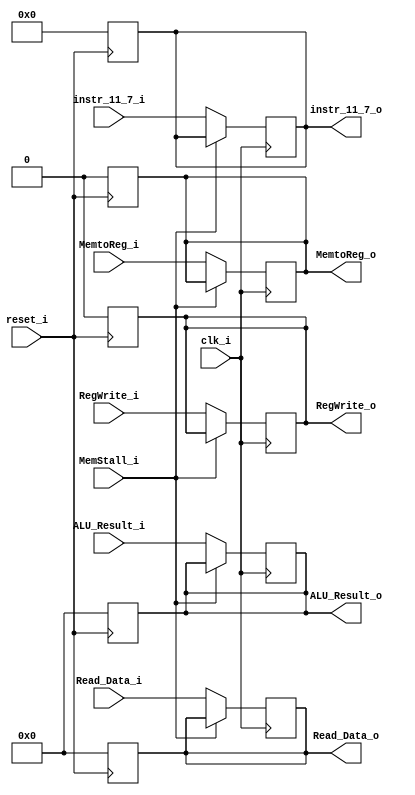
module MEM_WB_Registers
(
    clk_i,
    reset_i,
    RegWrite_i,
    MemtoReg_i,
    ALU_Result_i,
    Read_Data_i,
    instr_11_7_i,
    MemStall_i,
    RegWrite_o,
    MemtoReg_o,
    ALU_Result_o,
    Read_Data_o,
    instr_11_7_o
);

    parameter width = 32;

    input                      clk_i;
    input                      reset_i;
    input                      RegWrite_i;
    input                      MemtoReg_i;
    input   [width - 1: 0]     ALU_Result_i;
    input   [width - 1: 0]     Read_Data_i;
    input   [4: 0]             instr_11_7_i;
    input                      MemStall_i;

    output                     RegWrite_o;
    output                     MemtoReg_o;
    output  [width - 1: 0]     ALU_Result_o;
    output  [width - 1: 0]     Read_Data_o;
    output  [4: 0]             instr_11_7_o;

    reg                        RegWrite_o;
    reg                        MemtoReg_o;
    reg     [width - 1: 0]     ALU_Result_o;
    reg     [width - 1: 0]     Read_Data_o;
    reg     [4: 0]             instr_11_7_o;

    always @ (posedge reset_i) begin
        RegWrite_o   <= 1'b0;
        MemtoReg_o   <= 1'b0;
        ALU_Result_o <= 32'b0;
        Read_Data_o  <= 32'b0;
        instr_11_7_o <= 5'b0;
    end

    always @ (posedge clk_i) begin
        if (~MemStall_i) begin
            RegWrite_o   <= RegWrite_i;
            MemtoReg_o   <= MemtoReg_i;
            ALU_Result_o <= ALU_Result_i;
            Read_Data_o  <= Read_Data_i;
            instr_11_7_o <= instr_11_7_i;
        end
    end

endmodule